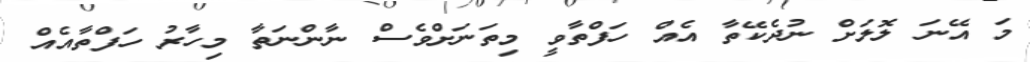
މަ އޭނަ ލޮލަށް ނުދެކޭތާ އެއް ހަފްތާވީ މިތަނަށްވެސް ނާންނަތާ މިހާރު ހަފްތާއެއް